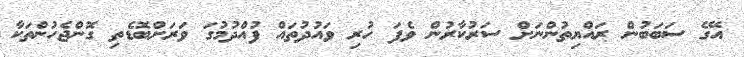
އޭގެ ސަބަބުން ރައްޔިތުންނަށް ސަރުކާރުން ވެފަ ހުރި ވައުދުތައް ފުއްދުމުގަ ވަރަށްބޮޑެތި ގޮންޖެހުންތަކާ